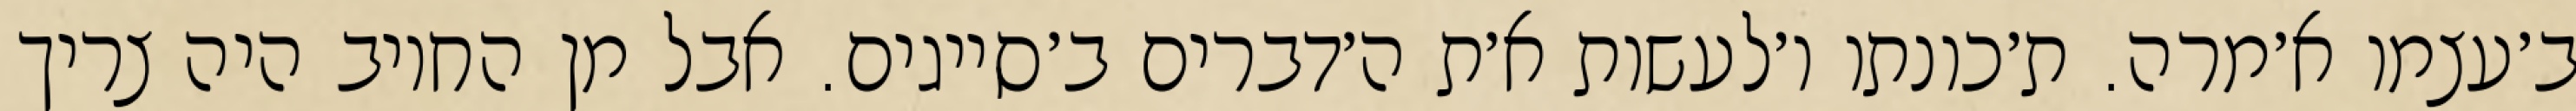
ב׳עצמו א׳מרה. ת׳כונתו ו׳לעשות א׳ת ה׳דברים ב׳סייגים. אבל מן החיוב היה צריך